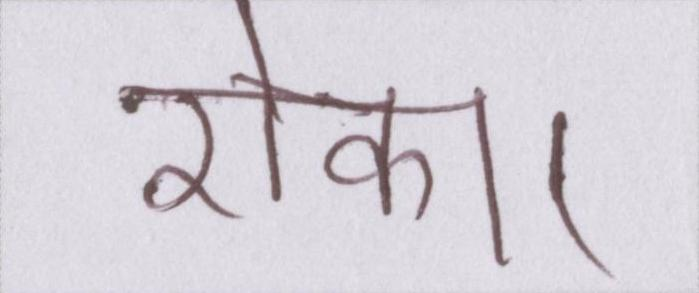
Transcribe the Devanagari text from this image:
रोका।